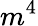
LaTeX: m^{4}